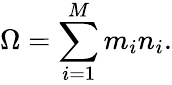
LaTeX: \Omega=\sum_{i=1}^{M}m_{i}n_{i}.